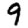
Digit: 9